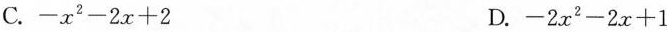
C.$$- x ^ { 2 } - 2 x + 2$$ D.$$- 2 x ^ { 2 } - 2 x + 1$$